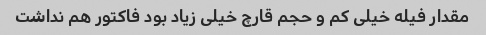
مقدار فیله خیلی کم و حجم قارچ خیلی زیاد بود فاکتور هم نداشت